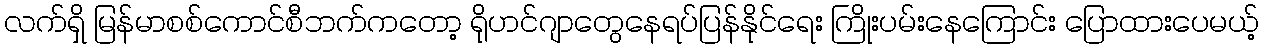
လက်ရှိ မြန်မာစစ်ကောင်စီဘက်ကတော့ ရိုဟင်ဂျာတွေနေရပ်ပြန်နိုင်ရေး ကြိုးပမ်းနေကြောင်း ပြောထားပေမယ့်